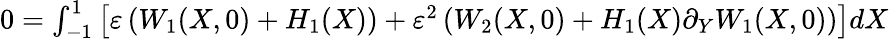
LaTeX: \begin{array}{r}{0=\int_{-1}^{1}\left[\varepsilon\left(W_{1}(X,0)+H_{1}(X)\right)+\varepsilon^{2}\left(W_{2}(X,0)+H_{1}(X)\partial_{Y}W_{1}(X,0)\right)\right]dX}\end{array}